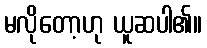
မလိုတော့ဟု ယူဆပါ၏။